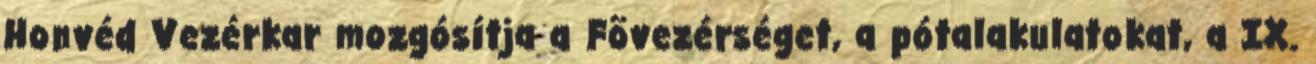
Honvéd Vezérkar mozgósítja a Fõvezérséget, a pótalakulatokat, a IX.